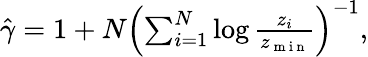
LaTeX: \begin{array}{r}{\hat{\gamma}=1+N\left(\sum_{i=1}^{N}\log\frac{z_{i}}{z_{\mathrm{~m~i~n~}}}\right)^{-1},}\end{array}